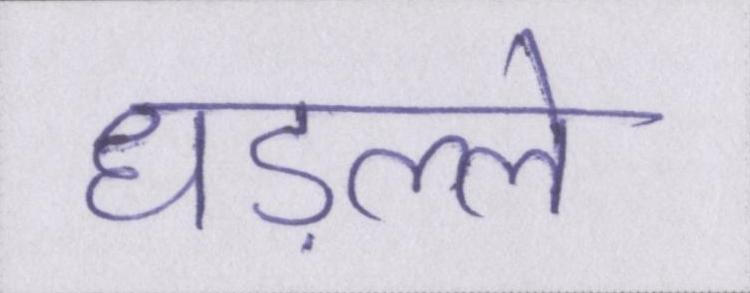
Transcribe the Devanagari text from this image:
धड़ल्ले